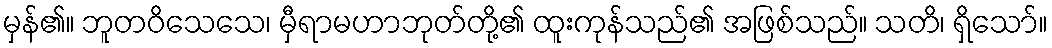
မှန်၏။ ဘူတဝိသေသေ၊ မှီရာမဟာဘုတ်တို့၏ ထူးကုန်သည်၏ အဖြစ်သည်။ သတိ၊ ရှိသော်။